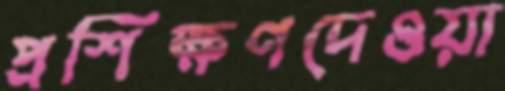
প্রশিক্ষণদেওয়া